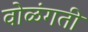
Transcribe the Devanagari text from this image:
वोळंगती